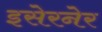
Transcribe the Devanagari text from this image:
इसेरनेर